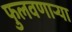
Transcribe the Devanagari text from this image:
फुलवणार्‍या